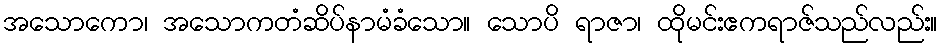
အသောကော၊ အသောကတံဆိပ်နာမံခံသော။ သောပိ ရာဇာ၊ ထိုမင်းဧကရာဇ်သည်လည်း။